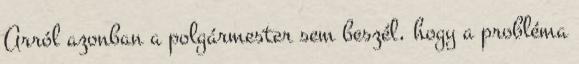
Arról azonban a polgármester sem beszél, hogy a probléma